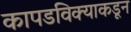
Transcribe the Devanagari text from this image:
कापडविक्याकडून